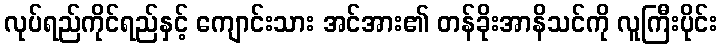
လုပ်ရည်ကိုင်ရည်နှင့် ကျောင်းသား အင်အား၏ တန်ခိုးအာနိသင်ကို လူကြီးပိုင်း